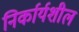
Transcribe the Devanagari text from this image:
निर्कार्यशील